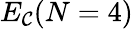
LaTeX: E_{\mathcal{C}}(N=4)